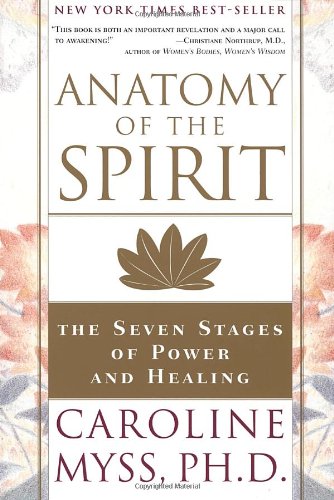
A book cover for Anatomy of the Spirit: The Seven Stages of Power and Healing; Caroline Myss; Health, Fitness & Dieting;